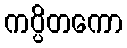
ကပ္ပိတကော